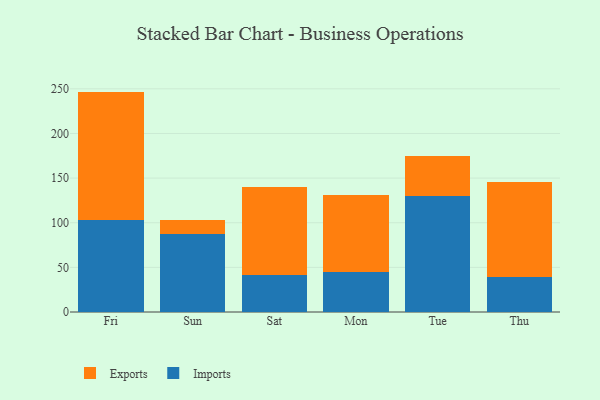
{"axis": {"x": "Day", "y": "Shipments"}, "legend": ["Exports", "Imports"], "data": [{"x": "Fri", "y": 102.7, "type": "Imports"}, {"x": "Fri", "y": 144.2, "type": "Exports"}, {"x": "Sun", "y": 87.4, "type": "Imports"}, {"x": "Sun", "y": 16.0, "type": "Exports"}, {"x": "Sat", "y": 40.9, "type": "Imports"}, {"x": "Sat", "y": 98.7, "type": "Exports"}, {"x": "Mon", "y": 44.5, "type": "Imports"}, {"x": "Mon", "y": 86.6, "type": "Exports"}, {"x": "Tue", "y": 129.8, "type": "Imports"}, {"x": "Tue", "y": 45.2, "type": "Exports"}, {"x": "Thu", "y": 39.5, "type": "Imports"}, {"x": "Thu", "y": 106.2, "type": "Exports"}]}